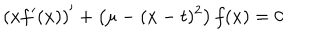
\left( x f ^ { \prime } ( x ) \right) ^ { \prime } + \left( \mu - ( x - t ) ^ { 2 } \right) f ( x ) = 0